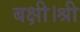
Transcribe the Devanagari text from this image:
बक्षी।श्री